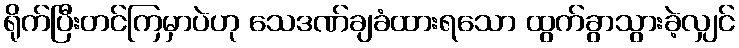
ရိုက်ပြီးတင်ကြမှာပဲဟု သေဒဏ်ချခံထားရသော ထွက်ခွာသွားခဲ့လျှင်